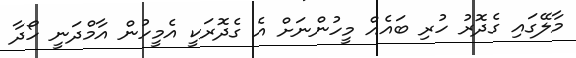
މާލޭގައި ގެދޮރު ހުރި ބައެއް މީހުންނަށް އެ ގެދޮރަކީ އެމީހުން އާމްދަނީ ހޯދާ